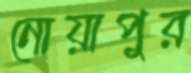
নোয়াপুর